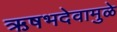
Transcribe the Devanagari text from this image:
ऋषभदेवामुळे